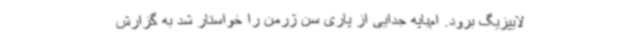
لایپزیگ برود. ام‌باپه جدایی از پاری سن ژرمن را خواستار شد به گزارش